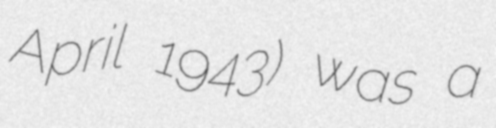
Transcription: April 1943) was a